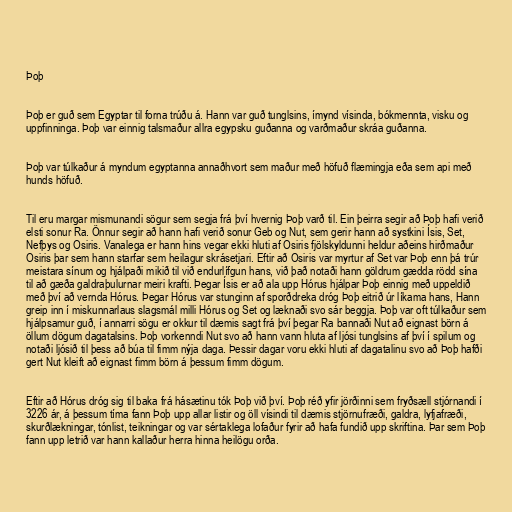
Þoþ

Þoþ er guð sem Egyptar til forna trúðu á. Hann var guð tunglsins, ímynd vísinda, bókmennta, visku og
uppfinninga. Þoþ var einnig talsmaður allra egypsku guðanna og varðmaður skráa guðanna.

Þoþ var túlkaður á myndum egyptanna annaðhvort sem maður með höfuð flæmingja eða sem api með
hunds höfuð.

Til eru margar mismunandi sögur sem segja frá því hvernig Þoþ varð til. Ein þeirra segir að Þoþ hafi verið
elsti sonur Ra. Önnur segir að hann hafi verið sonur Geb og Nut, sem gerir hann að systkini Ísis, Set,
Nefþys og Osiris. Vanalega er hann hins vegar ekki hluti af Osiris fjölskyldunni heldur aðeins hirðmaður
Osiris þar sem hann starfar sem heilagur skrásetjari. Eftir að Osiris var myrtur af Set var Þoþ enn þá trúr
meistara sínum og hjálpaði mikið til við endurlífgun hans, við það notaði hann göldrum gædda rödd sína
til að gæða galdraþulurnar meiri krafti. Þegar Ísis er að ala upp Hórus hjálpar Þoþ einnig með uppeldið
með því að vernda Hórus. Þegar Hórus var stunginn af sporðdreka dróg Þoþ eitrið úr líkama hans, Hann
greip inn í miskunnarlaus slagsmál milli Hórus og Set og læknaði svo sár beggja. Þoþ var oft túlkaður sem
hjálpsamur guð, í annarri sögu er okkur til dæmis sagt frá því þegar Ra bannaði Nut að eignast börn á
öllum dögum dagatalsins. Þoþ vorkenndi Nut svo að hann vann hluta af ljósi tunglsins af því í spilum og
notaði ljósið til þess að búa til fimm nýja daga. Þessir dagar voru ekki hluti af dagatalinu svo að Þoþ hafði
gert Nut kleift að eignast fimm börn á þessum fimm dögum.

Eftir að Hórus dróg sig til baka frá hásætinu tók Þoþ við því. Þoþ réð yfir jörðinni sem fryðsæll stjórnandi í
3226 ár, á þessum tíma fann Þoþ upp allar listir og öll vísindi til dæmis stjörnufræði, galdra, lyfjafræði,
skurðlækningar, tónlist, teikningar og var sértaklega lofaður fyrir að hafa fundið upp skriftina. Þar sem Þoþ
fann upp letrið var hann kallaður herra hinna heilögu orða.